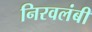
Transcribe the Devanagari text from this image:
निरवलंबी